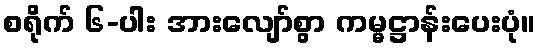
စရိုက် ၆-ပါး အားလျော်စွာ ကမ္မဋ္ဌာန်းပေးပုံ။